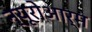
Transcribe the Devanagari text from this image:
न्यूरोआर्म